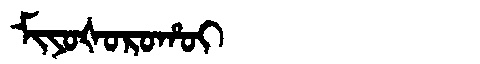
Manchu: ᠮᡳᠶᠣᡧᠣᡵᠣᡥᠣᡳ
Romanization: MIYOŠOROHOI